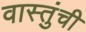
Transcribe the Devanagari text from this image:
वास्तुंची